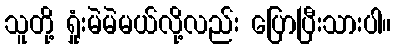
သူတို့ ရှုံးမဲမဲမယ်လို့လည်း ပြောပြီးသားပါ။